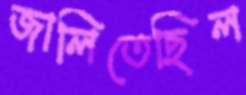
জালিতেছিল